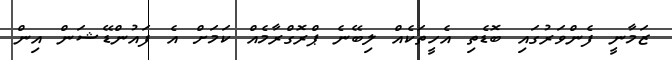
ޒަމާނީ ފެންވަރުގައި ބޮޑެތި އެހީތަކެއް ލިބޭނެ ޕްރޮގްރާމެއް ކަމަށް އެ ފައުންޑޭޝަން އިން